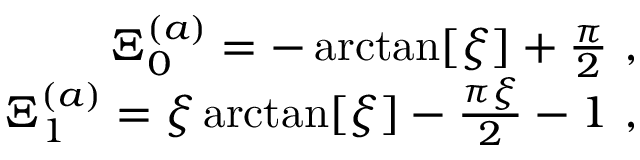
\begin{array} { r } { \Xi _ { 0 } ^ { ( a ) } = - \arctan [ \xi ] + \frac { \pi } { 2 } \ , \ } \\ { \Xi _ { 1 } ^ { ( a ) } = \xi \arctan [ \xi ] - \frac { \pi \xi } { 2 } - 1 \ , \ } \end{array}